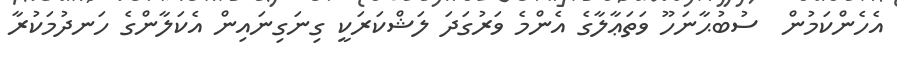
އެހެންކަމުން  ސުބުޙާނަހޫ ވަތަޢާލާގެ އެންމެ ވަރުގަދަ ލަޝްކަރަކީ ގިނަގިނައިން އެކަލާންގެ ހަނދުމަކުރާ